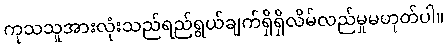
ကုသသူအားလုံးသည်ရည်ရွယ်ချက်ရှိရှိလိမ်လည်မှုမဟုတ်ပါ။